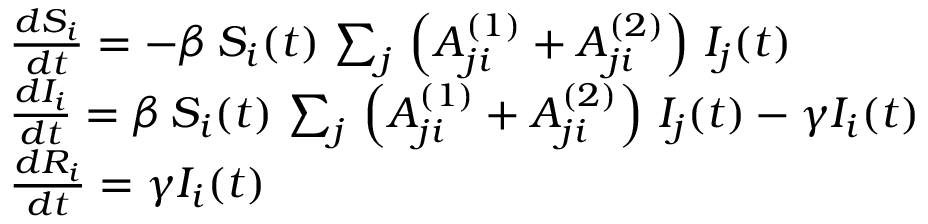
\begin{array} { l } { \frac { d S _ { i } } { d t } = - \beta \, S _ { i } ( t ) \, \sum _ { j } \, \left( A _ { j i } ^ { ( 1 ) } + A _ { j i } ^ { ( 2 ) } \right) \, I _ { j } ( t ) } \\ { \frac { d I _ { i } } { d t } = \beta \, S _ { i } ( t ) \, \sum _ { j } \, \left( A _ { j i } ^ { ( 1 ) } + A _ { j i } ^ { ( 2 ) } \right) \, I _ { j } ( t ) - \gamma I _ { i } ( t ) } \\ { \frac { d R _ { i } } { d t } = \gamma I _ { i } ( t ) } \end{array}